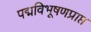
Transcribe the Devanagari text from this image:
पद्मविभूषणप्राप्त